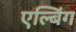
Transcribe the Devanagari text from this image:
एल्बिंग